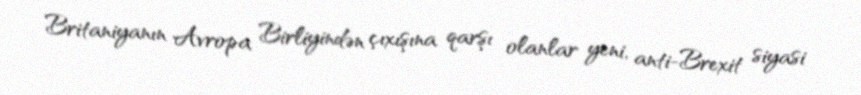
Britaniyanın Avropa Birliyindən çıxışına qarşı olanlar yeni, anti-Brexit siyasi